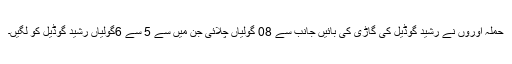
حملہ آوروں نے رشید گوڈیل کی گاڑی کی بائیں جانب سے 08 گولیاں چلائی جن میں سے 5 سے 6گولیاں رشید گوڈیل کو لگیں۔